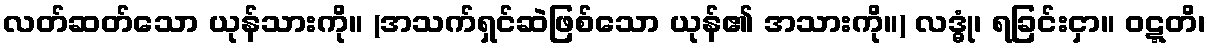
လတ်ဆတ်သော ယုန်သားကို။ (အသက်ရှင်ဆဲဖြစ်သော ယုန်၏ အသားကို။) လဒ္ဓုံ၊ ရခြင်းငှာ။ ဝဋ္ဋတိ၊